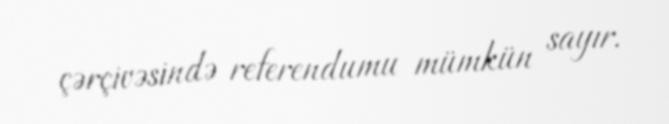
çərçivəsində referendumu mümkün sayır.